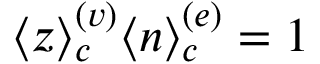
\langle z \rangle _ { c } ^ { ( v ) } \langle n \rangle _ { c } ^ { ( e ) } = 1